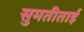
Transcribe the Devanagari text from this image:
सुमतीताई